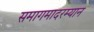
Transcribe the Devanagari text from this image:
समागमादरम्यान